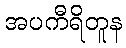
အပကီရိတူန